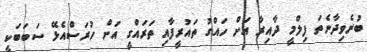
ބުނެވިދާނެތަ ފިލްމީ ދާއިރާ އަށް ހައްގު ތައުރީފާއި ތަރައްގީ އަށް ހުރަސްއެޅޭ ސަބަބަކީ